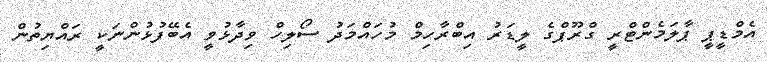
އެމްޑީޕީ ޕާލަމެންޓްރީ ގްރޫޕްގެ ލީޑަރު އިބްރާހިމް މުހައްމަދު ސޯލިހް ވިދާޅުވީ އެބޭފުޅުންނަކީ ރައްޔިތުން